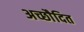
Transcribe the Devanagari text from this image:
अच्छाैदित